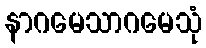
နာဂမေသာဂမေသုံ